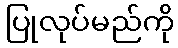
ပြုလုပ်မည်ကို